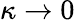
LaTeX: \kappa\rightarrow 0